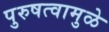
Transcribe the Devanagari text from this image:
पुरुषत्वामुळे